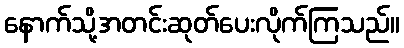
နောက်သို့အတင်းဆုတ်ပေးလိုက်ကြသည်။